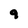
Character: 9